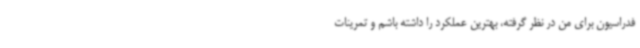
فدراسیون برای من در نظر گرفته، بهترین عملکرد را داشته باشم و تمرینات